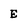
Character: E